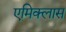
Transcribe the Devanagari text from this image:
एमिक्लास